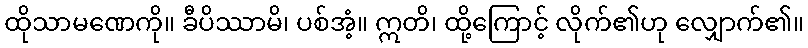
ထိုသာမဏေကို။ ခီပိဿာမိ၊ ပစ်အံ့။ ဣတိ၊ ထို့ကြောင့် လိုက်၏ဟု လျှောက်၏။